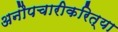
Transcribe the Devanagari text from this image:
अनौपचारीकरित्या